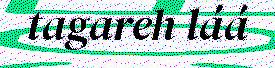
tagareh láá